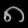
Digit: ၈